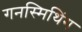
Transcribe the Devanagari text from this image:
गनस्मिथिंग